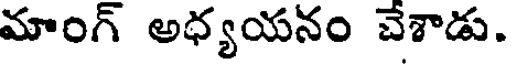
మాంగ్ అధ్యయనం చేశాడు.